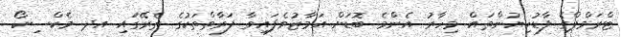
ޓްރަމްޕްގެ ފާޑުކިޔުންތައް މިހާރު އެންމެ ބޮޑަށް އަމާޒުވެފައިވާ ފަރާތްތަކުގެ ތެރޭގައި އދ މެކްސިކޯ